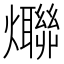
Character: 𤒤